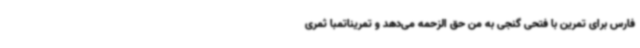
فارس برای تمرین با فتحی گنجی به من حق الزحمه می‌دهد و تمریناتمبا ثمری